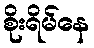
စိုးရိမ်နေ